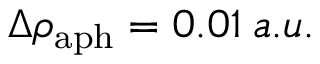
\Delta \rho _ { \mathrm { a p h } } = 0 . 0 1 \: a . u .